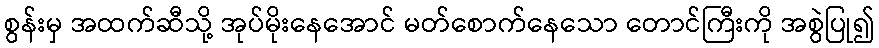
စွန်းမှ အထက်ဆီသို့ အုပ်မိုးနေအောင် မတ်စောက်နေသော တောင်ကြီးကို အစွဲပြု၍